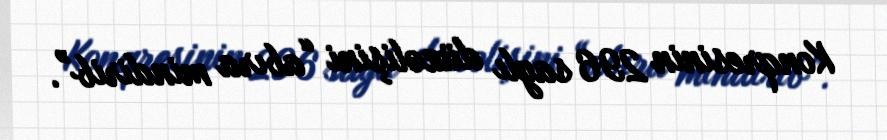
Konqresinin 296 saylı düzəlişini “abıra mindirib”.